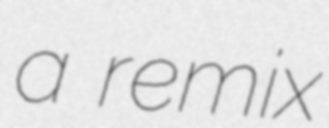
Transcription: a remix